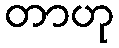
တာဟု